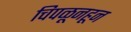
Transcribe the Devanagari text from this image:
चिपळूनहून